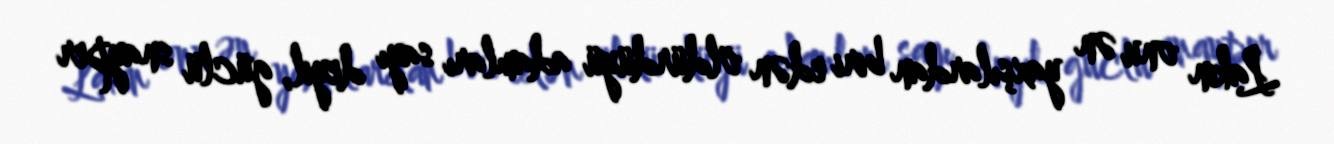
Lakin onu ən yaxşılardan biri edən öldürdüyü adamları sayı deyil, güclü snayper